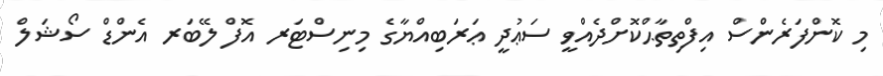
މި ކޮންފަރެންސް އިފްތިތާޙްކޮށްދެއްވީ ސަޢުދީ ޢަރަބިއްޔާގެ މިނިސްޓަރ އޮފް ލޭބަރ އެންޑް ސޯޝަލް